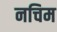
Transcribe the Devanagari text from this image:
नचिम